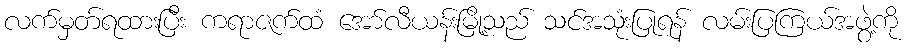
လက်မှတ်ရထားပြီး ကရာဇက်ထံ အော်လီယန်းမြို့သည် သင်အသုံးပြုရန် လမ်းပြကြယ်အဖွဲ့ကို